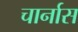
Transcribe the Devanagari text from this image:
चार्नास